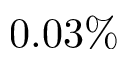
0 . 0 3 \%